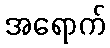
အရောက်